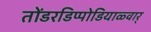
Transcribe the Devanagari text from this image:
तोंडरडिप्पोडियाळ्वार्